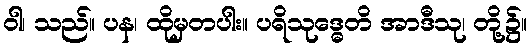
ဝါ၊ သည်။ ပန၊ ထိုမှတပါး။ ပရိသုဒ္ဓေတိ အာဒီသု၊ တို့၌။